Papers set at the Examination for Leaving Certificates, 1895
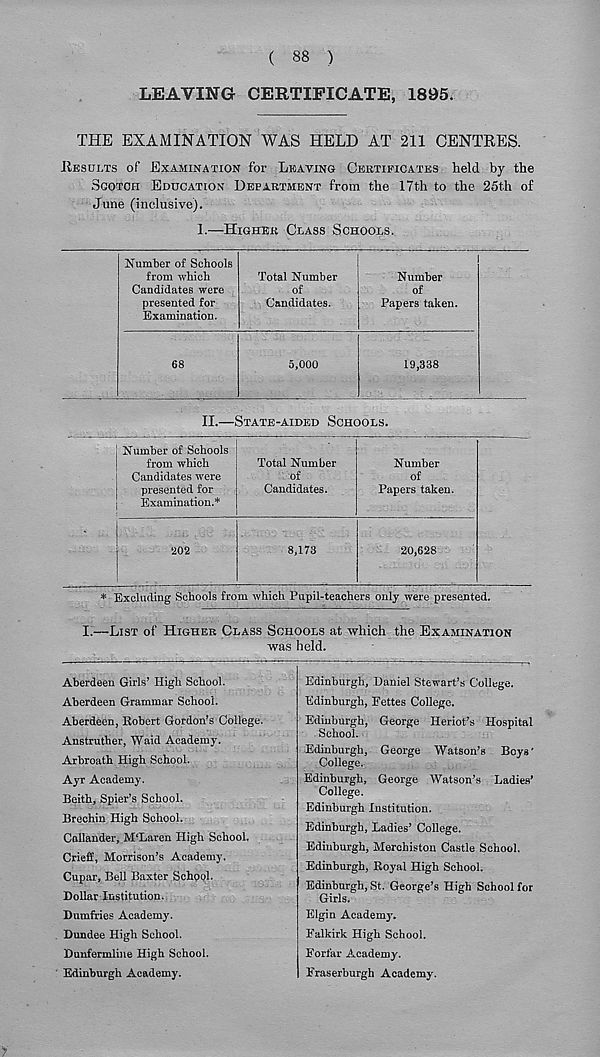
( 88 )
LEAVING CERTIFICATE, 1895.
THE EXAMINATION WAS HELD AT 211 CENTRES.
Results of Examination for Leaving Certificates held by the
Scotch Education Department from the 17th to the 25th of
June (inclusive).
1.—Higher Class Schools.
Number of Schools
from which
Candidates were
presented for
Examination.
Total Number
of
Candidates.
68
5,000
Number
of
Papers taken.
19,338
II.—State-aided Schools.
j Number of Schools
from which
j Candidates were
presented for
Examination.*
202
Total Number
of
Candidates.
8,173
Number
of
Papers taken.
20,628
* Excluding Schools from which Pupil-teachers only were presented.
L—List of Higher Class Schools at which the Examination
was held.
Aberdeen Girls’ High School.
Aberdeen Grammar School.
Aberdeen, Robert Gordon’s College.
Anstruther, Waid Academy.
Arbroath High School.
Ayr Academy.
Beith, Spier’s School.
Brechin High School.
Callander, M'Laren High School.
Crieff, Morrison’s Academy.
Cupar, Bell Baxter School.
Dollar Institution.
Dumfries Academy.
Dundee High School.
Dunfermline High School.
Edinburgh Academy.
Edinburgh, Daniel Stewart’s College.
Edinburgh, Eettes College.
Edinburgh, George Heriot’s Hospital
School.
Edinburgh, George Watson’s Boys'
College.
Edinburgh, George Watson’s Ladies’
College.
Edinburgh Institution.
Edinburgh, Ladies’ College.
Edinburgh, Merohiston Castle School.
Edinburgh, Royal High School.
Edinburgh, St. George’s High School for
Girls.
Elgin Academy.
Ealkirk High School.
Eorfar Academy.
Eraserburgh Academy.